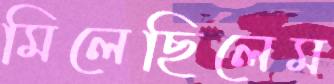
মিলেছিলেম